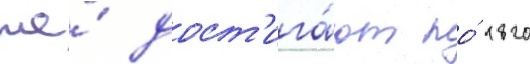
же́ дост'ига́ют по́ 1820